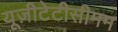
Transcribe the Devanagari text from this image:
यूज़ीटेटीसीमम